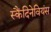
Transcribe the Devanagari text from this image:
स्कैंदिनेवियंस